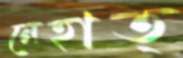
নেহাত্